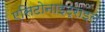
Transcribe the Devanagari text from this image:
एसिटोनाइट्राइल